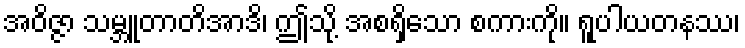
အဝိဇ္ဇာ သမ္ဘူတာတိအာဒိ၊ ဤသို့ အစရှိသော စကားကို။ ရူပါယတနဿ၊